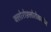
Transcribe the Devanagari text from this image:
क्लोरोफ़्लोरोकार्बन